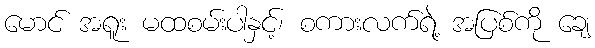
မောင် အရူး မထစမ်းပါနှင့်၊ စကားလက်ရဲ့ အပြစ်ကို ချေ